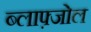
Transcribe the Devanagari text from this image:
ब्लाफ़्जोल